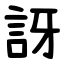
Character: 訝